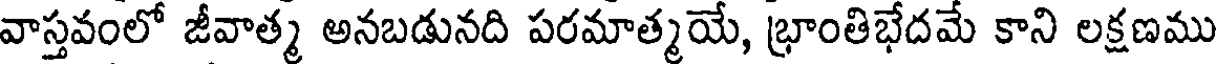
వాస్తవంలో జీవాత్మ అనబడునది పరమాత్మయే, భ్రాంతిభేదమే కాని లక్షణము